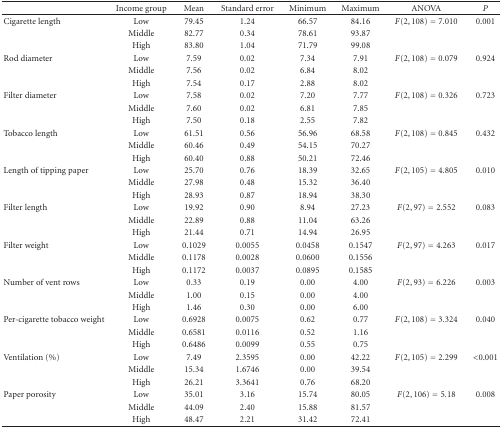
<table><thead><tr><td></td><td><b>Income group</b></td><td><b>Mean</b></td><td><b>Standard error</b></td><td><b>Minimum</b></td><td><b>Maximum</b></td><td><b>ANOVA</b></td><td><b><i>P</i></b></td></tr></thead><tbody><tr><td>Cigarette length</td><td>Low</td><td>79.45</td><td>1.24</td><td>66.57</td><td>84.16</td><td><i>F</i>(2,108) = 7.010</td><td>0.001</td></tr><tr><td></td><td>Middle</td><td>82.77</td><td>0.34</td><td>78.61</td><td>93.87</td><td></td><td></td></tr><tr><td></td><td>High</td><td>83.80</td><td>1.04</td><td>71.79</td><td>99.08</td><td></td><td></td></tr><tr><td>Rod diameter</td><td>Low</td><td>7.59</td><td>0.02</td><td>7.34</td><td>7.91</td><td><i>F</i>(2,108) = 0.079</td><td>0.924</td></tr><tr><td></td><td>Middle</td><td>7.56</td><td>0.02</td><td>6.84</td><td>8.02</td><td></td><td></td></tr><tr><td></td><td>High</td><td>7.54</td><td>0.17</td><td>2.88</td><td>8.02</td><td></td><td></td></tr><tr><td>Filter diameter</td><td>Low</td><td>7.58</td><td>0.02</td><td>7.20</td><td>7.77</td><td><i>F</i>(2,108) = 0.326</td><td>0.723</td></tr><tr><td></td><td>Middle</td><td>7.60</td><td>0.02</td><td>6.81</td><td>7.85</td><td></td><td></td></tr><tr><td></td><td>High</td><td>7.50</td><td>0.18</td><td>2.55</td><td>7.82</td><td></td><td></td></tr><tr><td>Tobacco length</td><td>Low</td><td>61.51</td><td>0.56</td><td>56.96</td><td>68.58</td><td><i>F</i>(2,108) = 0.845</td><td>0.432</td></tr><tr><td></td><td>Middle</td><td>60.46</td><td>0.49</td><td>54.15</td><td>70.27</td><td></td><td></td></tr><tr><td></td><td>High</td><td>60.40</td><td>0.88</td><td>50.21</td><td>72.46</td><td></td><td></td></tr><tr><td>Length of tipping paper</td><td>Low</td><td>25.70</td><td>0.76</td><td>18.39</td><td>32.65</td><td><i>F</i>(2,105) = 4.805</td><td>0.010</td></tr><tr><td></td><td>Middle</td><td>27.98</td><td>0.48</td><td>15.32</td><td>36.40</td><td></td><td></td></tr><tr><td></td><td>High</td><td>28.93</td><td>0.87</td><td>18.94</td><td>38.30</td><td></td><td></td></tr><tr><td>Filter length</td><td>Low</td><td>19.92</td><td>0.90</td><td>8.94</td><td>27.23</td><td><i>F</i>(2,97) = 2.552</td><td>0.083</td></tr><tr><td></td><td>Middle</td><td>22.89</td><td>0.88</td><td>11.04</td><td>63.26</td><td></td><td></td></tr><tr><td></td><td>High</td><td>21.44</td><td>0.71</td><td>14.94</td><td>26.95</td><td></td><td></td></tr><tr><td>Filter weight</td><td>Low</td><td>0.1029</td><td>0.0055</td><td>0.0458</td><td>0.1547</td><td><i>F</i>(2,97) = 4.263</td><td>0.017</td></tr><tr><td></td><td>Middle</td><td>0.1178</td><td>0.0028</td><td>0.0600</td><td>0.1556</td><td></td><td></td></tr><tr><td></td><td>High</td><td>0.1172</td><td>0.0037</td><td>0.0895</td><td>0.1585</td><td></td><td></td></tr><tr><td>Number of vent rows</td><td>Low</td><td>0.33</td><td>0.19</td><td>0.00</td><td>4.00</td><td><i>F</i>(2,93) = 6.226</td><td>0.003</td></tr><tr><td></td><td>Middle</td><td>1.00</td><td>0.15</td><td>0.00</td><td>4.00</td><td></td><td></td></tr><tr><td></td><td>High</td><td>1.46</td><td>0.30</td><td>0.00</td><td>6.00</td><td></td><td></td></tr><tr><td>Per-cigarette tobacco weight</td><td>Low</td><td>0.6928</td><td>0.0075</td><td>0.62</td><td>0.77</td><td><i>F</i>(2,108) = 3.324</td><td>0.040</td></tr><tr><td></td><td>Middle</td><td>0.6581</td><td>0.0116</td><td>0.52</td><td>1.16</td><td></td><td></td></tr><tr><td></td><td>High</td><td>0.6486</td><td>0.0099</td><td>0.55</td><td>0.75</td><td></td><td></td></tr><tr><td>Ventilation (%)</td><td>Low</td><td>7.49</td><td>2.3595</td><td>0.00</td><td>42.22</td><td><i>F</i>(2,105) = 2.299</td><td> &lt;0.001</td></tr><tr><td></td><td>Middle</td><td>15.34</td><td>1.6746</td><td>0.00</td><td>39.54</td><td></td><td></td></tr><tr><td></td><td>High</td><td>26.21</td><td>3.3641</td><td>0.76</td><td>68.20</td><td></td><td></td></tr><tr><td>Paper porosity</td><td>Low</td><td>35.01</td><td>3.16</td><td>15.74</td><td>80.05</td><td><i>F</i>(2,106) = 5.18</td><td>0.008</td></tr><tr><td></td><td>Middle</td><td>44.09</td><td>2.40</td><td>15.88</td><td>81.57</td><td></td><td></td></tr><tr><td></td><td>High</td><td>48.47</td><td>2.21</td><td>31.42</td><td>72.41</td><td></td><td></td></tr></tbody></table>